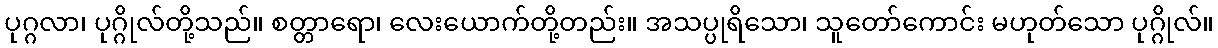
ပုဂ္ဂလာ၊ ပုဂ္ဂိုလ်တို့သည်။ စတ္တာရော၊ လေးယောက်တို့တည်း။ အသပ္ပုရိသော၊ သူတော်ကောင်း မဟုတ်သော ပုဂ္ဂိုလ်။